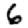
Digit: 6